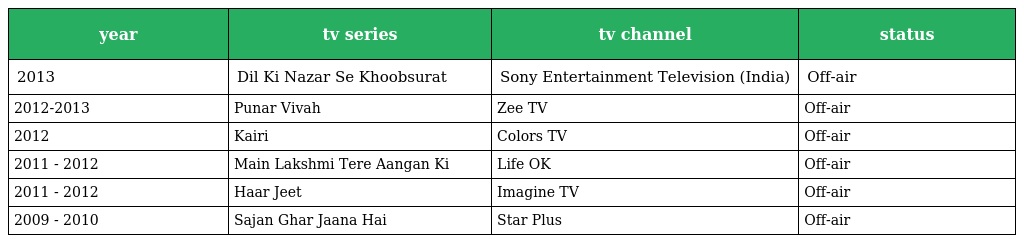
| year | tv series | tv channel | status |
 | --- | --- | --- | --- |
 | 2013 | Dil Ki Nazar Se Khoobsurat | Sony Entertainment Television (India) | Off-air |
 | 2012-2013 | Punar Vivah | Zee TV | Off-air |
 | 2012 | Kairi | Colors TV | Off-air |
 | 2011 - 2012 | Main Lakshmi Tere Aangan Ki | Life OK | Off-air |
 | 2011 - 2012 | Haar Jeet | Imagine TV | Off-air |
 | 2009 - 2010 | Sajan Ghar Jaana Hai | Star Plus | Off-air |